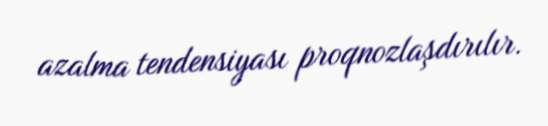
azalma tendensiyası proqnozlaşdırılır.